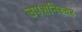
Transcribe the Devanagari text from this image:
उपशनिच्चर